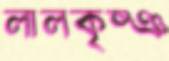
লালকৃষ্ঞ